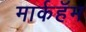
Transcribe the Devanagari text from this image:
मार्कहॅम